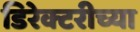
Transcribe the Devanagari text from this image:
डिरेक्टरीच्या